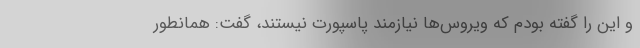
و این را گفته بودم که ویروس‌ها نیازمند پاسپورت نیستند، گفت: همانطور